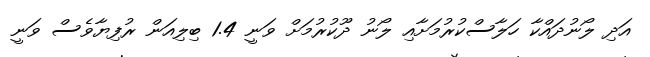
އަދި ލޯނުދައްކާ ހަލާސްކުރުމަށާއި ލޯނު ދޫކުރުމަށް ވަނީ 1.4 ބިލިއަން ރުފިޔާވެސް ވަނީ